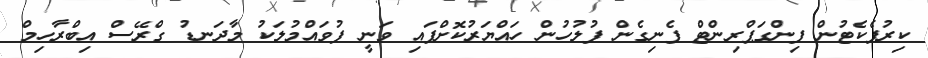
ކިރުޕެކެޓުން ފިންގަޕްރިންޓް ފެނިގެން ފުލުހުން ހައްޔަރުކޮށްފައި ވަނީ ފުވައްމުލަކު މާދަނޑު ގްރޭސް އިބްރާހިމް